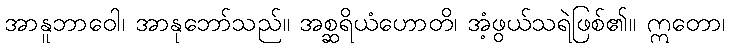
အာနူဘာဝေါ၊ အာနုဘော်သည်။ အစ္ဆရိယံဟောတိ၊ အံ့ဖွယ်သရဲဖြစ်၏။ ဣတော၊